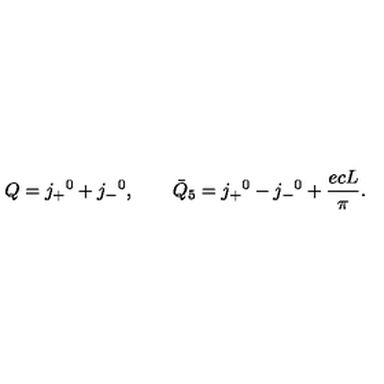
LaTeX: Q = j _ { + } { } ^ { 0 } + j _ { - } { } ^ { 0 } , \qquad { \bar { Q } } _ { 5 } = j _ { + } { } ^ { 0 } - j _ { - } { } ^ { 0 } + \frac { e c L } { \pi } .